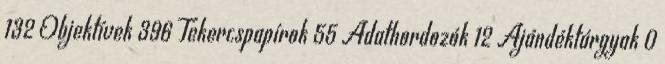
132 Objektívek 396 Tekercspapírok 55 Adathordozók 12 Ajándéktárgyak 0